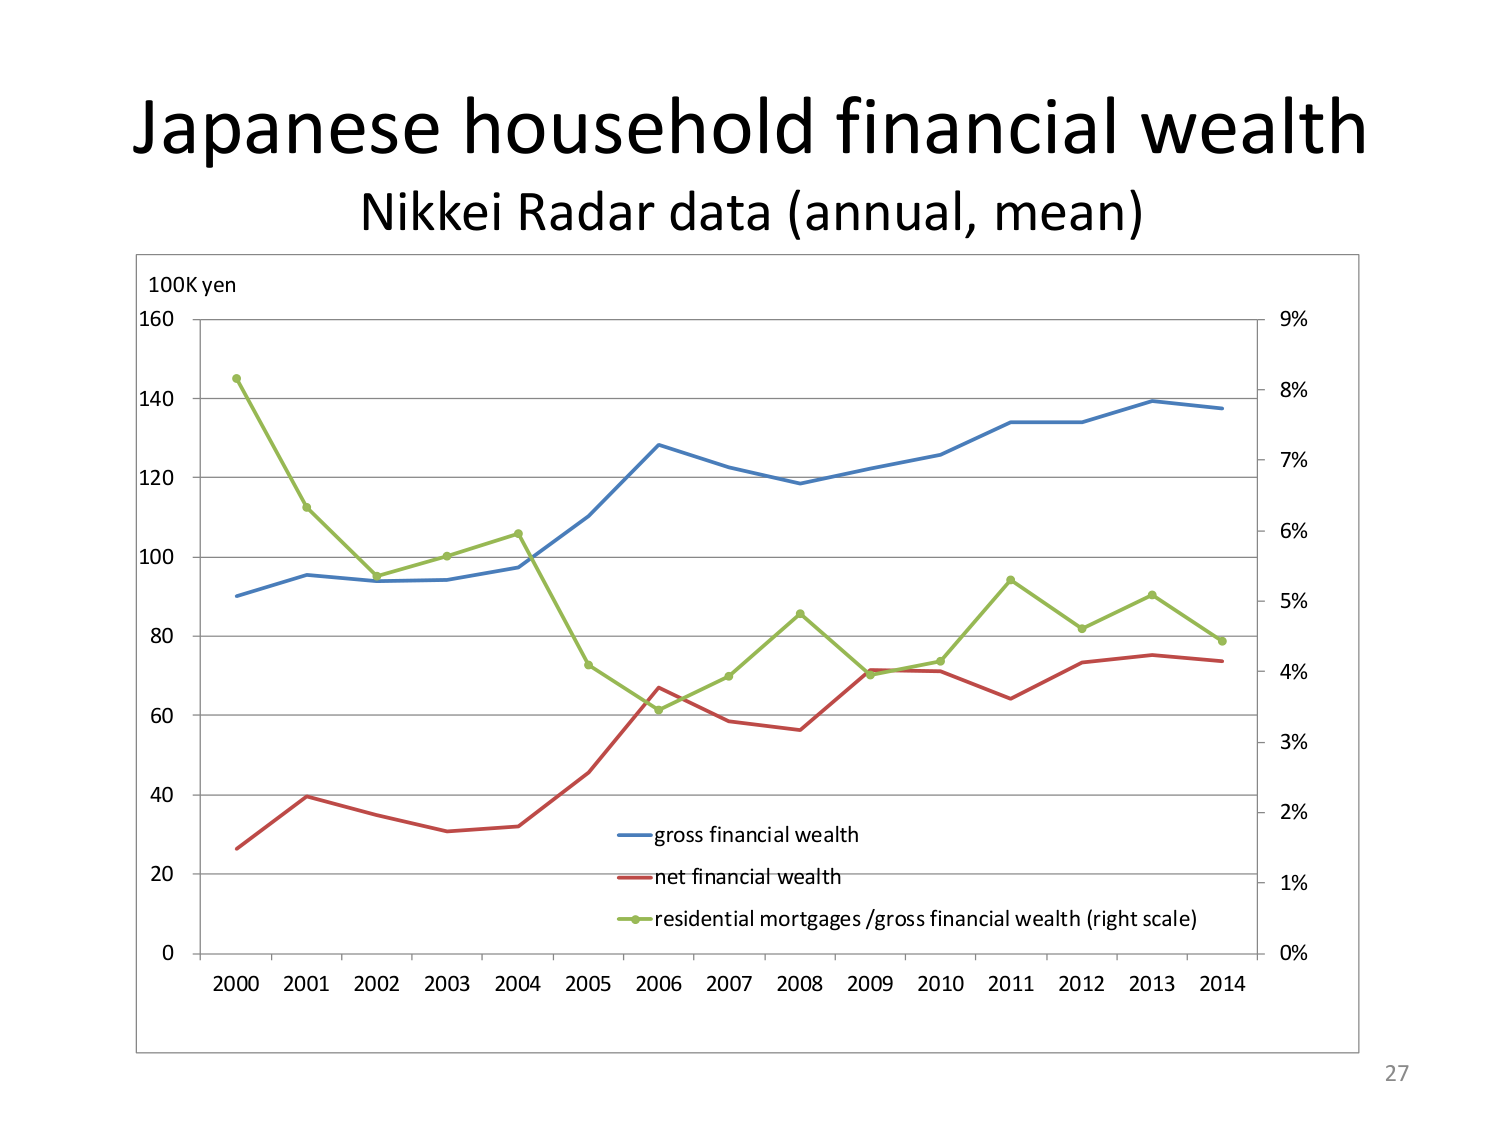
Japanese household financial wealth
Nikkei Radar data (annual, mean)
100K yen
160
140
120
100
80
60
40
20
0
2000 2001 2002 2003 2004 2005 2006 2007 2008 2009 2010 2011 2012 2013 2014
9%
8%
7%
6%
5%
4%
3%
2%
1%
0%
gross financial wealth
net financial wealth
residential mortgages /gross financial wealth (right scale)
27